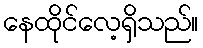
နေထိုင်လေ့ရှိသည်။